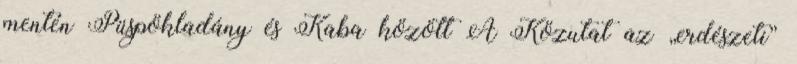
mentén Püspökladány és Kaba között A Közutat az „erdészeti”